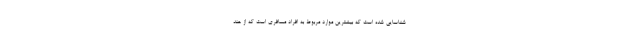
شناسایی شده است که بیشترین موارد مربوط به افراد مسافری است که از هند